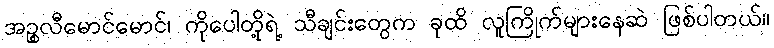
အဉ္စလီမောင်မောင်၊ ကိုပေါတို့ရဲ့ သီချင်းတွေက ခုထိ လူကြိုက်များနေဆဲ ဖြစ်ပါတယ်။